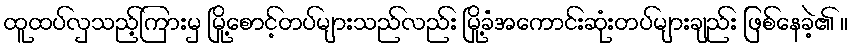
ထူထပ်လှသည့်ကြားမှ မြို့စောင့်တပ်များသည်လည်း မြို့ခံအကောင်းဆုံးတပ်များချည်း ဖြစ်နေခဲ့၏ ။